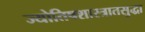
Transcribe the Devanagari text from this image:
ज्योतिषशास्त्रातसुद्धा